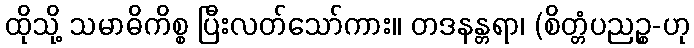
ထိုသို့ သမာဓိကိစ္စ ပြီးလတ်သော်ကား။ တဒနန္တရာ၊ (စိတ္တံပညဉ္စ-ဟု